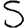
Digit: 5